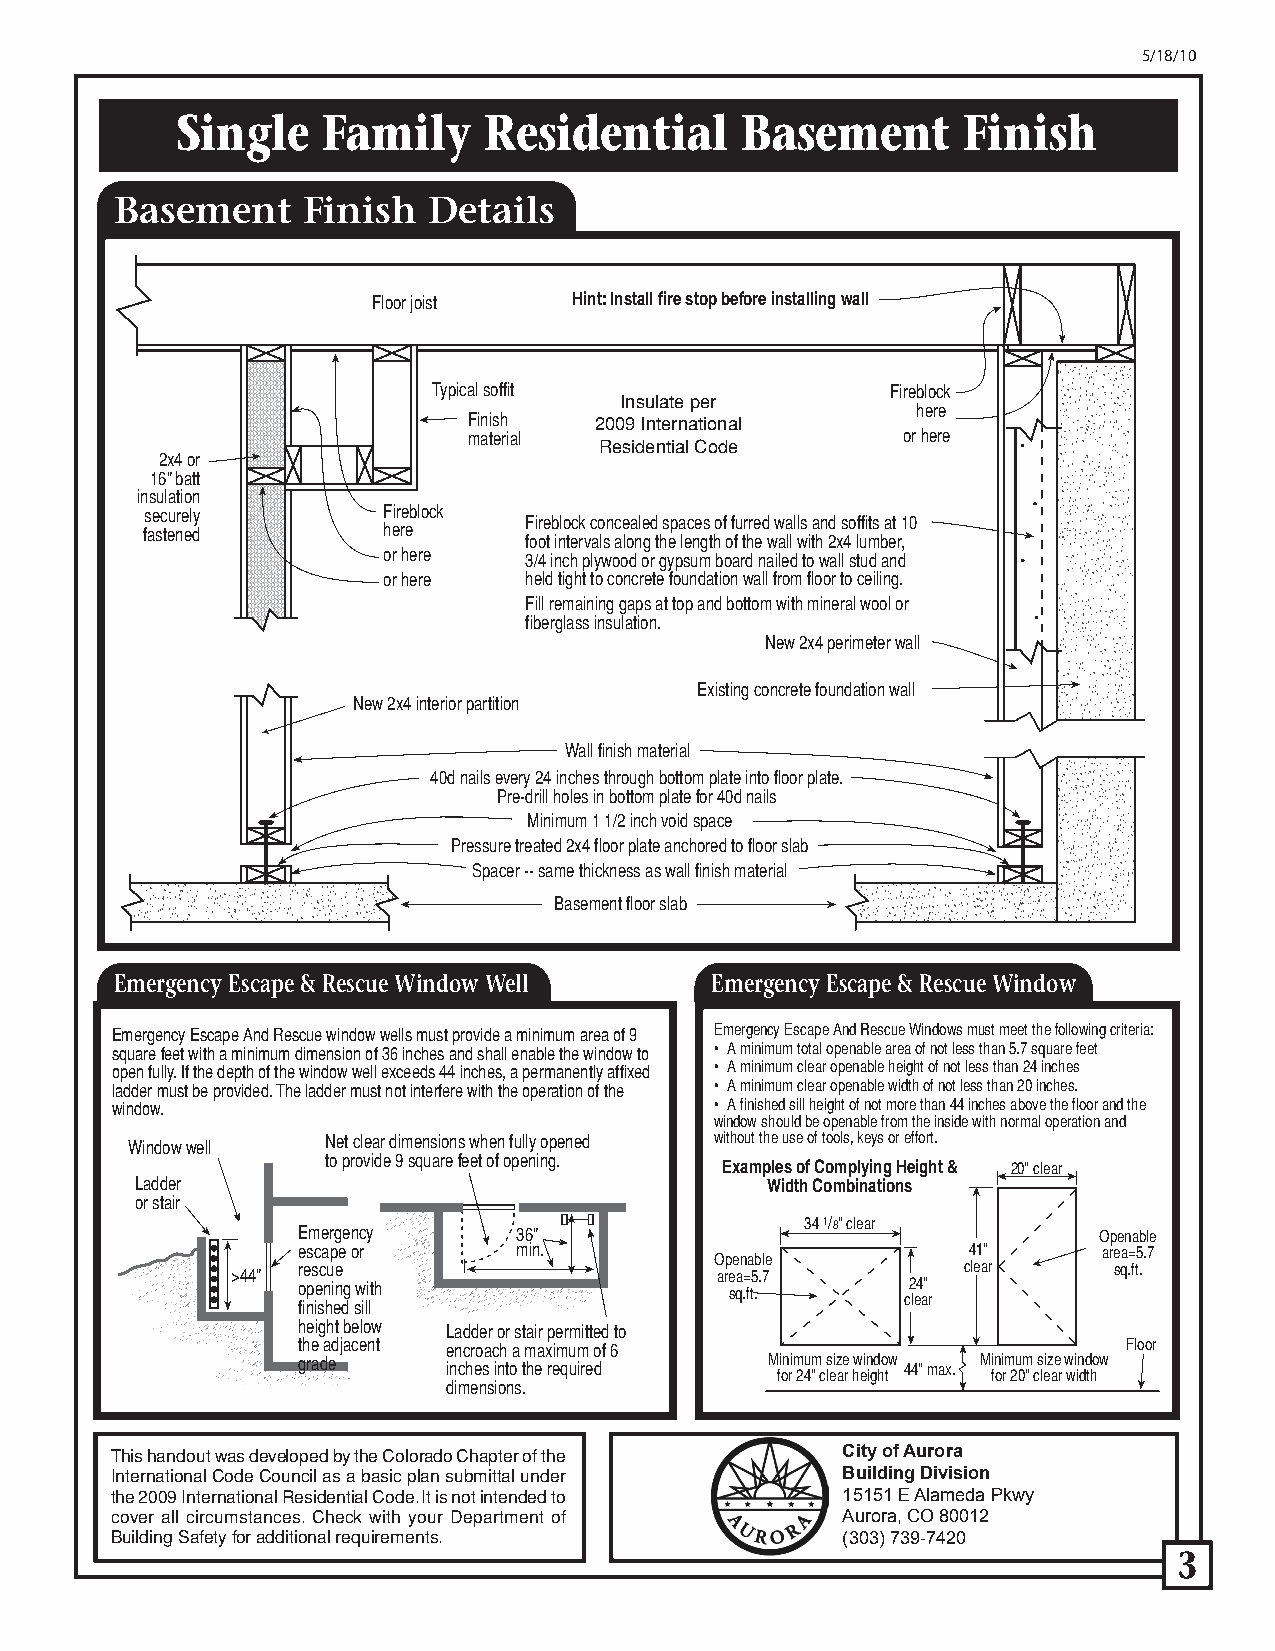
5/18/10
 Single   Family     Residential      Basement       Finish
 Basement    Finish  Details
 Floor joist  Hint: Install fire stop before installing wall
 Typical soffit                Fireblock
 Insulate per
 here
 Finish  2009 International
 material                     or here
 Residential Code
 2x4 or
 16” batt
 insulation
 securely       Fireblock
 Fireblock concealed spaces of furred walls and soffits at 10
 fastened        here
 foot intervals along the length of the wall with 2x4 lumber,
 or here   3/4 inch plywood or gypsum board nailed to wall stud and
 or here   held tight to concrete foundation wall from floor to ceiling.
 Fill remaining gaps at top and bottom with mineral wool or
 fiberglass insulation.
 New 2x4 perimeter wall
 Existing concrete foundation wall
 New 2x4 interior partition
 Wall finish material
 40d nails every 24 inches through bottom plate into floor plate.
 Pre-drill holes in bottom plate for 40d nails
 Minimum 1 1/2 inch void space
 Pressure treated 2x4 floor plate anchored to floor slab
 Spacer -- same thickness as wall finish material
 Basement floor slab
 Emergency Escape & Rescue Window Well  Emergency Escape & Rescue Window
 Emergency Escape And Rescue window wells must provide a minimum area of 9 Emergency Escape And Rescue Windows must meet the following criteria:
 square feet with a minimum dimension of 36 inches and shall enable the window to • A minimum total openable area of not less than 5.7 square feet
 open fully. If the depth of the window well exceeds 44 inches, a permanently affixed • A minimum clear openable height of not less than 24 inches
 ladder must be provided. The ladder must not interfere with the operation of the • A minimum clear openable width of not less than 20 inches.
 window.                                 • A finished sill height of not more than 44 inches above the floor and the
 window should be openable from the inside with normal operation and
 Window well   Net clear dimensions when fully opened without the use of tools, keys or effort.
 to provide 9 square feet of opening. Examples of Complying Height & 20" clear
 Ladder                                    Width Combinations
 or stair
 Emergency     36"
 34 1/8" clear
 Openable
 escape or     min.                          41"      area=5.7
 >44" rescue                     O arp ee an =a 5b .l 7e clear sq.ft.
 opening with                sq.ft.      24"
 clear
 finished sill
 height below Ladder or stair permitted to
 the adjacent encroach a maximum of 6                   Floor
 grade     inches into the required M fi on ri m 24u "m c s leiz ae r hw ein igd ho tw 44" max. Mi fn oi rm 2u 0m " c s leiz ae r w wi in dd thow
 dimensions.
 This handout was developed by the Colorado Chapter of the City of Aurora
 International Code Council as a basic plan submittal under Building Division
 the 2009 International Residential Code. It is not intended to 15151 E Alameda Pkwy
 cover all circumstances. Check with your Department of Aurora, CO 80012
 Building Safety for additional requirements.     (303) 739-7420
 3